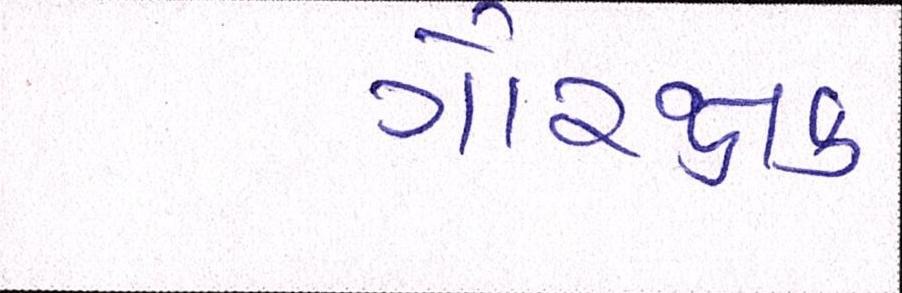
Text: ગૌરક્ષક